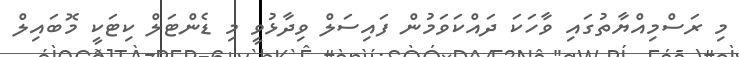
މި ރަސްމިއްޔާތުގައި ވާހަކަ ދައްކަވަމުން ފައިސަލް ވިދާޅުވީ މި ޑެންޓަލް ކިޓަކީ މޮބައިލް